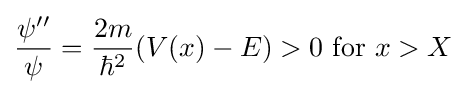
{\frac {\psi ^{\prime \prime }}{\psi }}={\frac {2m}{\hbar ^{2}}}(V(x)-E)>0{\text{ for }}x>X